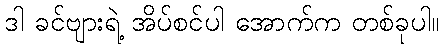
ဒါ ခင်ဗျားရဲ့ အိပ်စင်ပါ အောက်က တစ်ခုပါ။